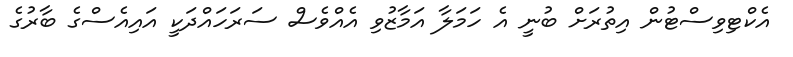
އެކްޓިވިސްޓުން އިތުރަށް ބުނީ އެ ހަމަލާ އަމާޒުވި އެއްވެސް ސަރަހައްދަކީ އައިއެސްގެ ބާރުގެ